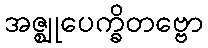
အဇ္ဈုပေက္ခိတဗ္ဗော